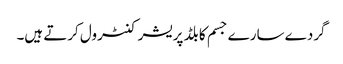
گردے سارے جسم کا بلڈ پریشر کنٹرول کرتے ہیں۔